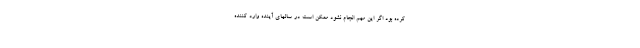
کرده بود اگر این مهم انجام نشود ممکن است در سالهای آینده وارد کننده